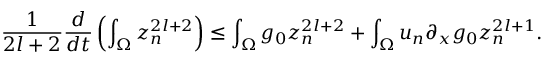
\frac { 1 } { 2 l + 2 } \frac { d } { d t } \left( \int _ { \Omega } z _ { n } ^ { 2 l + 2 } \right) \leq \int _ { \Omega } g _ { 0 } z _ { n } ^ { 2 l + 2 } + \int _ { \Omega } u _ { n } \partial _ { x } g _ { 0 } z _ { n } ^ { 2 l + 1 } .